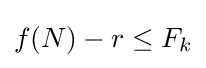
f(N)-r\leq F_{k}